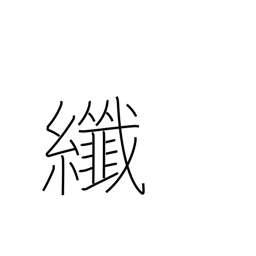
Meaning: fine